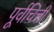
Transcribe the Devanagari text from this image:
पूर्वचित्ती